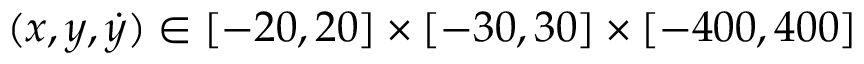
( x , y , \dot { y } ) \in [ - 2 0 , 2 0 ] \times [ - 3 0 , 3 0 ] \times [ - 4 0 0 , 4 0 0 ]